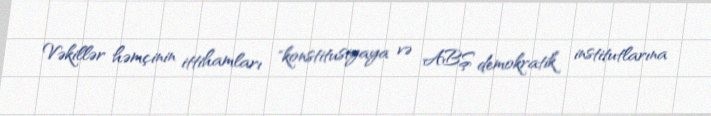
Vəkillər həmçinin ittihamları "konstitusiyaya və ABŞ demokratik institutlarına